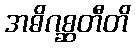
အဓိဂစ္ဆတီတိ